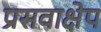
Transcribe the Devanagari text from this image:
प्रसवाक्षेप